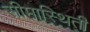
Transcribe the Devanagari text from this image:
सीमास्थिती